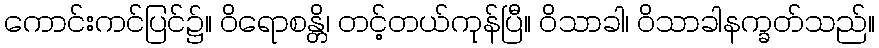
ကောင်းကင်ပြင်၌။ ဝိရောစန္တိ၊ တင့်တယ်ကုန်ပြီ။ ဝိသာခါ၊ ဝိသာခါနက္ခတ်သည်။